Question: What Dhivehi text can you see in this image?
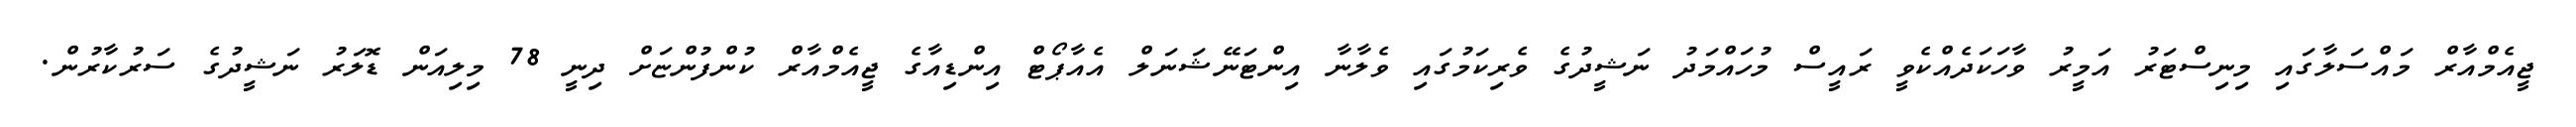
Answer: ޖީއެމްއާރް މައްސަލާގައި މިނިސްޓަރު އަމީރު ވާހަކަދެއްކެވީ ރައީސް މުހައްމަދު ނަޝީދުގެ ވެރިކަމުގައި ވެލާނާ އިންޓަނޭޝަނަލް އެއާޕޯޓް އިންޑިއާގެ ޖީއެމްއާރް ކުންފުންޏަށް ދިނީ 78 މިލިއަން ޑޮލަރު ނަޝީދުގެ ސަރުކާރުން.